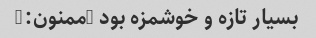
بسیار تازه و خوشمزه بود …ممنون:)